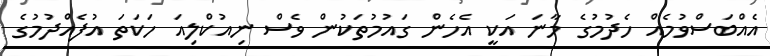
އެއްބަސްވުމެއް ހެދުމުގެ މާނަ އަކީ އެހެން ގައުމުތަކުން ވެސް ނިއުކްލިއަ ހަކަތަ އުފެއްދުމުގެ